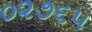
૦૨૭૬૫